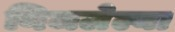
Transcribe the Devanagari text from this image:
निजलेल्या